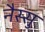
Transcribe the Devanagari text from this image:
नैस्सु